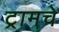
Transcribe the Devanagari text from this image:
ट्रामचे